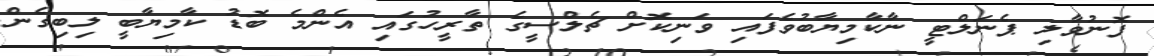
ފޮނުވާލި ޕެނަލްޓީ ނާކާމިޔާބުވެފައި ވަނިކޮށް ޗެލްސީގެ ތާރީހުގައި އެންމެ ބޮޑު ކާމިޔާބީ ލިބިގެން